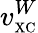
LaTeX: v_{\scriptscriptstyle\mathrm{XC}}^{W}